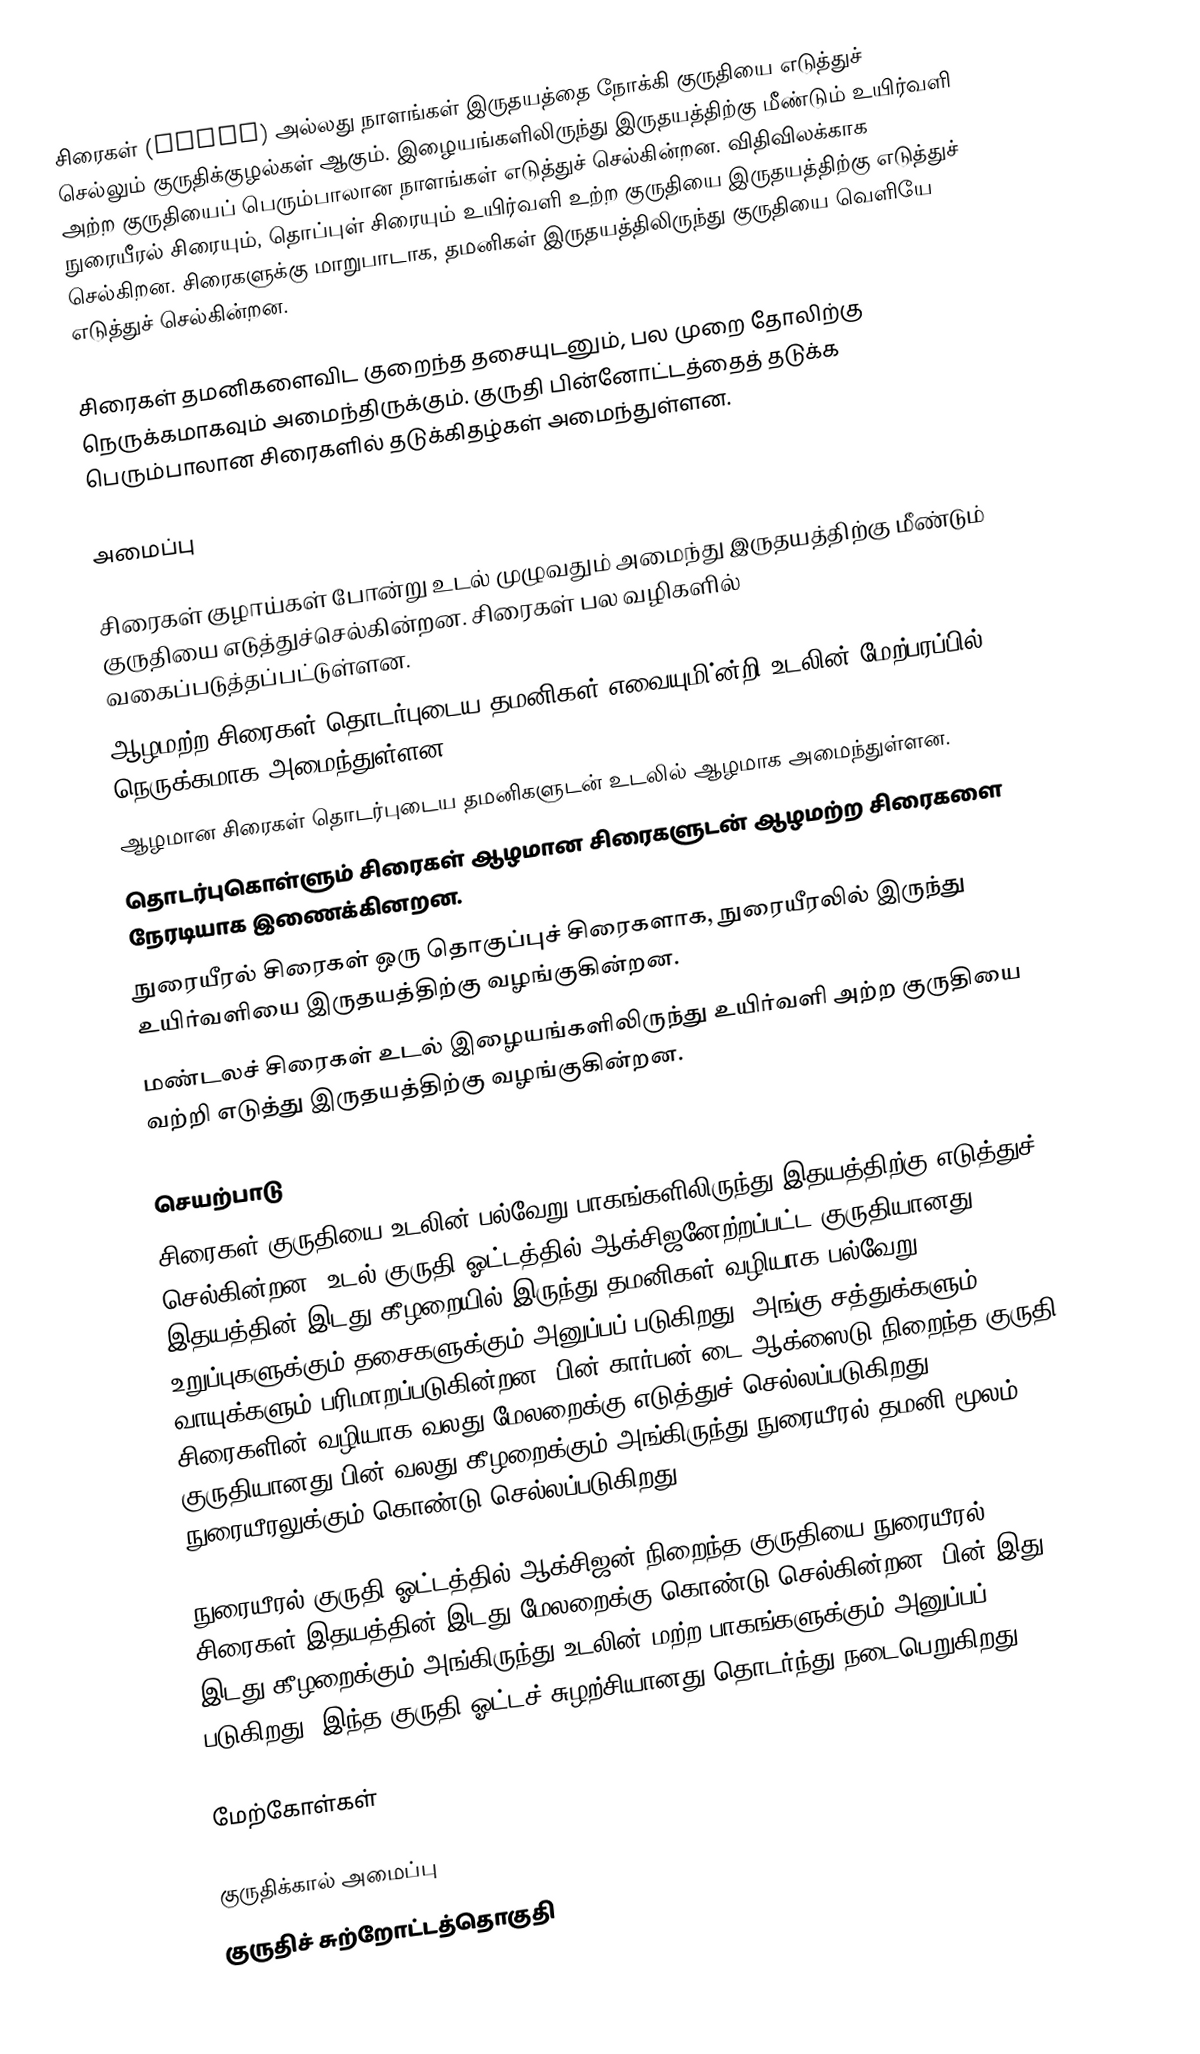
சிரைகள் (Veins) அல்லது நாளங்கள் இருதயத்தை நோக்கி குருதியை எடுத்துச் செல்லும் குருதிக்குழல்கள் ஆகும். இழையங்களிலிருந்து இருதயத்திற்கு மீண்டும் உயிர்வளி அற்ற குருதியைப் பெரும்பாலான நாளங்கள் எடுத்துச் செல்கின்றன. விதிவிலக்காக நுரையீரல் சிரையும், தொப்புள் சிரையும் உயிர்வளி உற்ற குருதியை இருதயத்திற்கு எடுத்துச் செல்கிறன. சிரைகளுக்கு மாறுபாடாக, தமனிகள் இருதயத்திலிருந்து குருதியை வெளியே எடுத்துச் செல்கின்றன.

சிரைகள் தமனிகளைவிட குறைந்த தசையுடனும், பல முறை தோலிற்கு நெருக்கமாகவும் அமைந்திருக்கும். குருதி பின்னோட்டத்தைத் தடுக்க பெரும்பாலான சிரைகளில் தடுக்கிதழ்கள் அமைந்துள்ளன.

அமைப்பு

சிரைகள் குழாய்கள் போன்று உடல் முழுவதும் அமைந்து இருதயத்திற்கு மீண்டும் குருதியை எடுத்துச்செல்கின்றன. சிரைகள் பல வழிகளில் வகைப்படுத்தப்பட்டுள்ளன.
ஆழமற்ற சிரைகள் தொடர்புடைய தமனிகள் எவையுமி்ன்றி உடலின் மேற்பரப்பில் நெருக்கமாக அமைந்துள்ளன.
ஆழமான சிரைகள் தொடர்புடைய தமனிகளுடன் உடலில் ஆழமாக அமைந்துள்ளன.
தொடர்புகொள்ளும் சிரைகள் ஆழமான சிரைகளுடன் ஆழமற்ற சிரைகளை நேரடியாக இணைக்கினறன.
நுரையீரல் சிரைகள் ஒரு தொகுப்புச் சிரைகளாக, நுரையீரலில் இருந்து உயிர்வளியை இருதயத்திற்கு வழங்குகின்றன.
மண்டலச் சிரைகள் உடல் இழையங்களிலிருந்து உயிர்வளி அற்ற குருதியை வற்றி எடுத்து இருதயத்திற்கு வழங்குகின்றன.

செயற்பாடு
சிரைகள் குருதியை உடலின் பல்வேறு பாகங்களிலிருந்து இதயத்திற்கு எடுத்துச் செல்கின்றன. உடல் குருதி ஓட்டத்தில் ஆக்சிஜனேற்றப்பட்ட குருதியானது இதயத்தின் இடது கீழறையில் இருந்து தமனிகள் வழியாக பல்வேறு உறுப்புகளுக்கும் தசைகளுக்கும் அனுப்பப் படுகிறது. அங்கு சத்துக்களும் வாயுக்களும் பரிமாறப்படுகின்றன. பின் கார்பன்-டை-ஆக்ஸைடு நிறைந்த குருதி சிரைகளின் வழியாக வலது மேலறைக்கு எடுத்துச் செல்லப்படுகிறது. குருதியானது பின் வலது கீழறைக்கும் அங்கிருந்து நுரையீரல் தமனி மூலம் நுரையீரலுக்கும் கொண்டு செல்லப்படுகிறது.

நுரையீரல் குருதி ஓட்டத்தில் ஆக்சிஜன் நிறைந்த குருதியை நுரையீரல் சிரைகள் இதயத்தின் இடது மேலறைக்கு கொண்டு செல்கின்றன. பின் இது இடது கீழறைக்கும் அங்கிருந்து உடலின் மற்ற பாகங்களுக்கும் அனுப்பப் படுகிறது. இந்த குருதி ஓட்டச் சுழற்சியானது தொடர்ந்து நடைபெறுகிறது.

மேற்கோள்கள்

குருதிக்கால் அமைப்பு
குருதிச் சுற்றோட்டத்தொகுதி